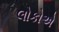
લોકોએ